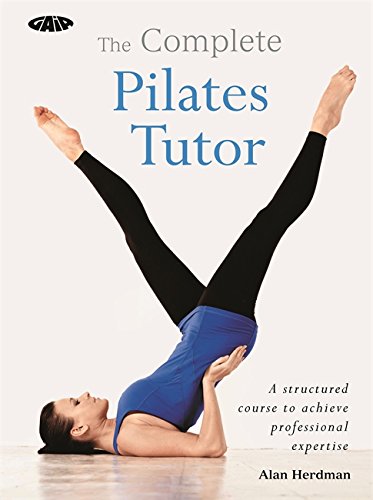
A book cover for The Complete Pilates Tutor: A structured course to achieve professional expertise (Complete Tutors); Alan Herdman; Health, Fitness & Dieting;